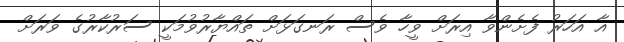
އާ އަހަރު ފެށެންވާ އިރަށް ވީހާ ވެސް ރަނގަޅަށް ތައްޔާރުވުމަކީ ސަރުކާރުގެ ވަރަށް